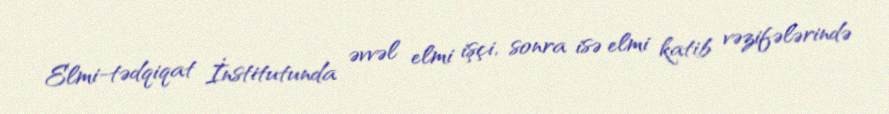
Elmi-tədqiqat İnstitutunda əvvəl elmi işçi, sonra isə elmi katib vəzifələrində